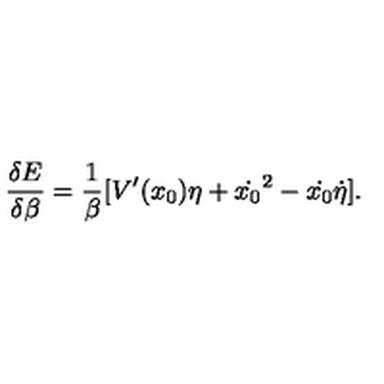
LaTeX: \frac { \delta E } { \delta \beta } = \frac { 1 } { \beta } [ V ^ { \prime } ( x _ { 0 } ) \eta + \dot { x _ { 0 } } ^ { 2 } - \dot { x _ { 0 } } \dot { \eta } ] .